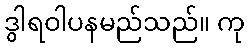
ဒွါရဝါပနမည်သည်။ ကု